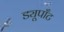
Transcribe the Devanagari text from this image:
ड्यूपाँट